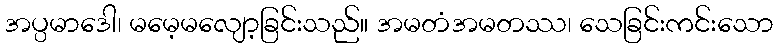
အပ္ပမာဒေါ၊ မမေ့မလျော့ခြင်းသည်။ အမတံအမတဿ၊ သေခြင်းကင်းသော